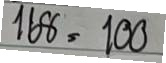
168 = 100